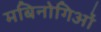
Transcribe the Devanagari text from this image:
मबिनोगिओं